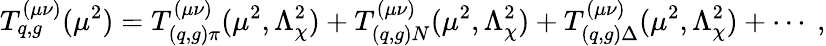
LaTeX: T_{q,g}^{\left(\mu\nu\right)}(\mu^{2})=T_{(q,g)\pi}^{\left(\mu\nu\right)}(\mu^{2},\Lambda_{\chi}^{2})+T_{(q,g)N}^{\left(\mu\nu\right)}(\mu^{2},\Lambda_{\chi}^{2})+T_{(q,g)\Delta}^{\left(\mu\nu\right)}(\mu^{2},\Lambda_{\chi}^{2})+\cdots\ ,